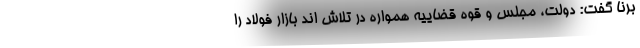
برنا گفت: دولت، مجلس و قوه قضاییه همواره در تلاش اند بازار فولاد را